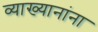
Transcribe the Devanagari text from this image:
व्याख्यानांना